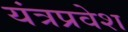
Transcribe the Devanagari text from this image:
यंत्रप्रवेश